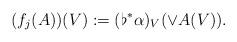
LaTeX: \begin{align*}(f_{j}(A))(V) := (\flat^{*}\alpha)_{V}(\vee A(V)).\end{align*}